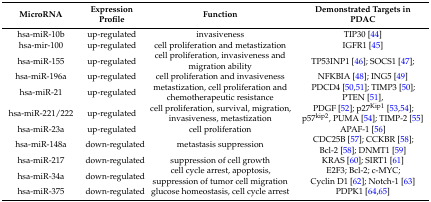
| MicroRNA | Expression Profile | Function | Demonstrated Targets in PDAC |
 | --- | --- | --- | --- |
 | hsa-miR-10b | up-regulated | invasiveness | TIP30 [44] |
 | hsa-mir-100 | up-regulated | cell proliferation and metastization | IGFR1 [45] |
 | hsa-miR-155 | up-regulated | cell proliferation, invasiveness and migration ability | TP53INP1 [46]; SOCS1 [47]; |
 | hsa-miR-196a | up-regulated | cell proliferation and invasiveness | NFKBIA [48]; ING5 [49] |
 | hsa-miR-21 | up-regulated | metastization, cell proliferation and chemotherapeutic resistance | PDCD4 [50,51]; TIMP3 [50]; PTEN [51], |
 | hsa-miR-221/222 | up-regulated | cell proliferation, survival, migration, invasiveness, metastization | PDGF [52]; p27Kip1 [53,54]; p57kip2, PUMA [54]; TIMP-2 [55] |
 | hsa-miR-23a | up-regulated | cell proliferation | APAF-1 [56] |
 | hsa-miR-148a | down-regulated | metastasis suppression | CDC25B [57]; CCKBR [58]; Bcl-2 [58]; DNMT1 [59] |
 | hsa-miR-217 | down-regulated | suppression of cell growth | KRAS [60]; SIRT1 [61] |
 | hsa-miR-34a | down-regulated | cell cycle arrest, apoptosis, suppression of tumor cell migration | E2F3; Bcl-2; c-MYC; Cyclin D1 [62]; Notch-1 [63] |
 | hsa-miR-375 | down-regulated | glucose homeostasis, cell cycle arrest | PDPK1 [64,65] |